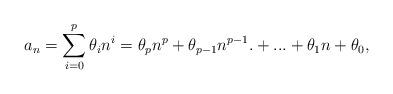
LaTeX: \begin{align*}a_n=\sum_{i=0}^{p}\theta_i n^i= \theta_{p} n^{p}+\theta_{p-1} n^{p-1}.+...+\theta_1 n+\theta_0,\end{align*}